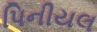
પિનીયલ